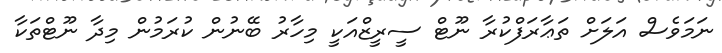
ނަމަވެސް އަލަށް ތަޢާރަފްކުރާ ނޫޓް ސީރީޒްއަކީ މިހާރު ބޭނުން ކުރަމުން މިދާ ނޫޓްތަކާ